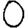
Digit: 0